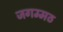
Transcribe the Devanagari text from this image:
जगम्मठ